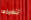
تنفيذها